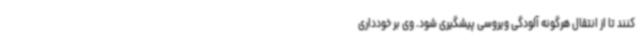
کنند تا از انتقال هرگونه آلودگی ویروسی پیشگیری شود. وی بر خودداری